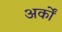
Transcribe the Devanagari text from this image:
अर्कों